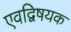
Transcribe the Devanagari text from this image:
एवद्विषयक